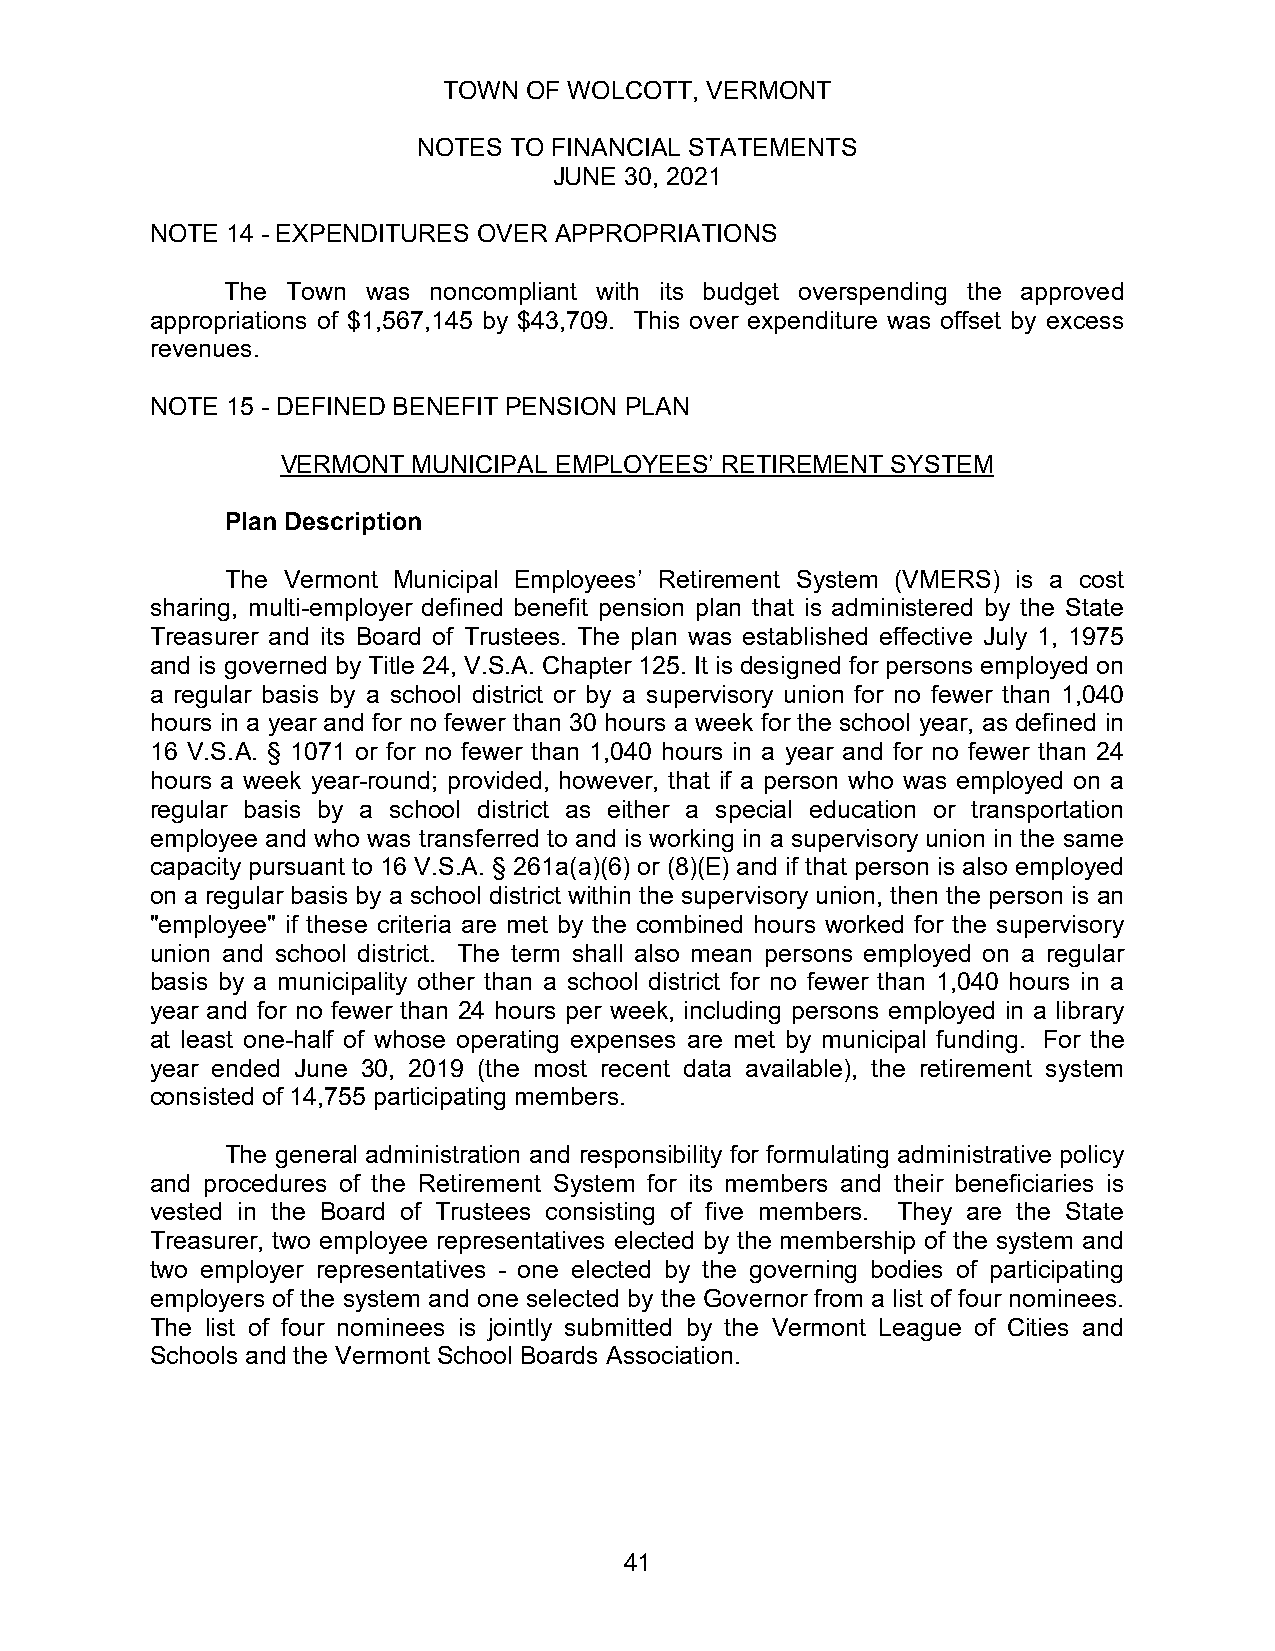
TOWN  OF WOLCOTT, VERMONT
 NOTES TO FINANCIAL STATEMENTS
 JUNE 30, 2021
 NOTE 14 - EXPENDITURES OVER APPROPRIATIONS
 The Town was noncompliant with its budget overspending the approved
 appropriations of $1,567,145 by $43,709. This over expenditure was offset by excess
 revenues.
 NOTE 15 - DEFINED BENEFIT PENSION PLAN
 VERMONT MUNICIPAL EMPLOYEES’ RETIREMENT SYSTEM
 Plan Description
 The Vermont Municipal Employees’ Retirement System (VMERS) is a cost
 sharing, multi-employer defined benefit pension plan that is administered by the State
 Treasurer and its Board of Trustees. The plan was established effective July 1, 1975
 and is governed by Title 24, V.S.A. Chapter 125. It is designed for persons employed on
 a regular basis by a school district or by a supervisory union for no fewer than 1,040
 hours in a year and for no fewer than 30 hours a week for the school year, as defined in
 16 V.S.A. § 1071 or for no fewer than 1,040 hours in a year and for no fewer than 24
 hours a week year-round; provided, however, that if a person who was employed on a
 regular basis by a school district as either a special education or transportation
 employee and who was transferred to and is working in a supervisory union in the same
 capacity pursuant to 16 V.S.A. § 261a(a)(6) or (8)(E) and if that person is also employed
 on a regular basis by a school district within the supervisory union, then the person is an
 "employee" if these criteria are met by the combined hours worked for the supervisory
 union and school district. The term shall also mean persons employed on a regular
 basis by a municipality other than a school district for no fewer than 1,040 hours in a
 year and for no fewer than 24 hours per week, including persons employed in a library
 at least one-half of whose operating expenses are met by municipal funding. For the
 year ended June 30, 2019 (the most recent data available), the retirement system
 consisted of 14,755 participating members.
 The general administration and responsibility for formulating administrative policy
 and procedures of the Retirement System for its members and their beneficiaries is
 vested in the Board of Trustees consisting of five members. They are the State
 Treasurer, two employee representatives elected by the membership of the system and
 two employer representatives - one elected by the governing bodies of participating
 employers of the system and one selected by the Governor from a list of four nominees.
 The list of four nominees is jointly submitted by the Vermont League of Cities and
 Schools and the Vermont School Boards Association.
 41